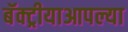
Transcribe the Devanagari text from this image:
बॅक्ट्रीयाआपल्या